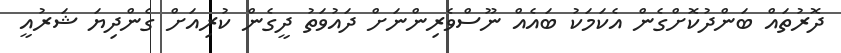
ދޮރުތައް ބަންދުކޮށްގެން އެކަމަކު ބައެއް ނޫސްވެރިންނަށް ދައުވަތު ދީގެން ކުރިއަށް ގެންދިޔަ ޝަރުއީ